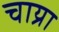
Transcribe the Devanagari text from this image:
चाय्रा